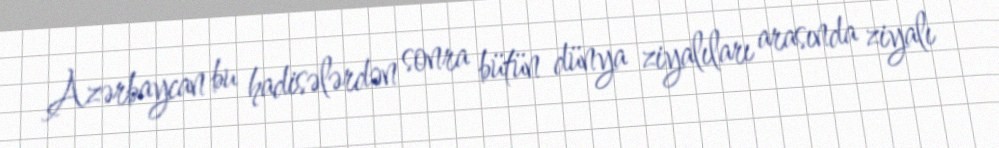
Azərbaycan bu hadisələrdən sonra bütün dünya ziyalıları arasında ziyalı